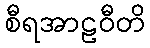
စီရအာဠဝီတိ